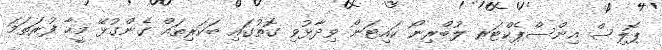
ޕޮލިސް އިންސްޕެކްޓަރ ލުބްރިނޯ ކައިޓަނޯ ވިދާޅުވި ގޮތުގައި ބަކަރިތައް ގެންގުޅޭ މީހާ ފުރަތަމަ